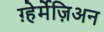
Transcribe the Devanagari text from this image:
ग़्हेर्मेज़िअन